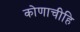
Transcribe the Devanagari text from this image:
कोणाचीहि